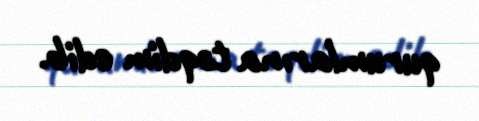
qurumlarına təqdim edib.